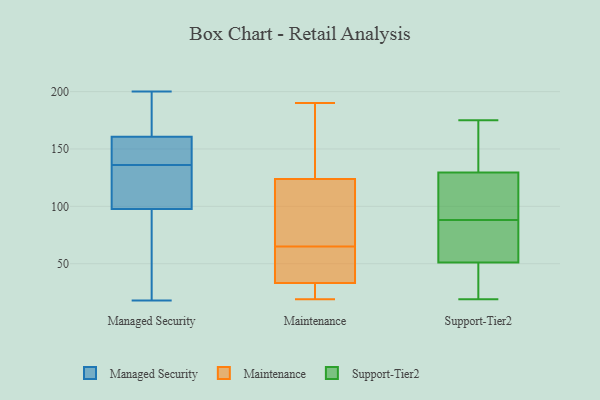
{"axis": {"x": "Inventory Turnover", "y": "Value"}, "legend": ["Maintenance", "Managed Security", "Support-Tier2"], "data": [{"x": "", "y": 136, "type": "Managed Security"}, {"x": "", "y": 140, "type": "Managed Security"}, {"x": "", "y": 132, "type": "Managed Security"}, {"x": "", "y": 160, "type": "Managed Security"}, {"x": "", "y": 161, "type": "Managed Security"}, {"x": "", "y": 128, "type": "Managed Security"}, {"x": "", "y": 109, "type": "Managed Security"}, {"x": "", "y": 191, "type": "Managed Security"}, {"x": "", "y": 46, "type": "Managed Security"}, {"x": "", "y": 20, "type": "Managed Security"}, {"x": "", "y": 18, "type": "Managed Security"}, {"x": "", "y": 200, "type": "Managed Security"}, {"x": "", "y": 144, "type": "Managed Security"}, {"x": "", "y": 197, "type": "Managed Security"}, {"x": "", "y": 94, "type": "Managed Security"}, {"x": "", "y": 107, "type": "Maintenance"}, {"x": "", "y": 19, "type": "Maintenance"}, {"x": "", "y": 25, "type": "Maintenance"}, {"x": "", "y": 67, "type": "Maintenance"}, {"x": "", "y": 42, "type": "Maintenance"}, {"x": "", "y": 190, "type": "Maintenance"}, {"x": "", "y": 65, "type": "Maintenance"}, {"x": "", "y": 36, "type": "Maintenance"}, {"x": "", "y": 162, "type": "Maintenance"}, {"x": "", "y": 54, "type": "Maintenance"}, {"x": "", "y": 19, "type": "Maintenance"}, {"x": "", "y": 111, "type": "Maintenance"}, {"x": "", "y": 180, "type": "Maintenance"}, {"x": "", "y": 51, "type": "Support-Tier2"}, {"x": "", "y": 163, "type": "Support-Tier2"}, {"x": "", "y": 35, "type": "Support-Tier2"}, {"x": "", "y": 136, "type": "Support-Tier2"}, {"x": "", "y": 51, "type": "Support-Tier2"}, {"x": "", "y": 175, "type": "Support-Tier2"}, {"x": "", "y": 122, "type": "Support-Tier2"}, {"x": "", "y": 19, "type": "Support-Tier2"}, {"x": "", "y": 77, "type": "Support-Tier2"}, {"x": "", "y": 21, "type": "Support-Tier2"}, {"x": "", "y": 31, "type": "Support-Tier2"}, {"x": "", "y": 88, "type": "Support-Tier2"}, {"x": "", "y": 154, "type": "Support-Tier2"}, {"x": "", "y": 130, "type": "Support-Tier2"}, {"x": "", "y": 77, "type": "Support-Tier2"}, {"x": "", "y": 60, "type": "Support-Tier2"}, {"x": "", "y": 128, "type": "Support-Tier2"}, {"x": "", "y": 100, "type": "Support-Tier2"}, {"x": "", "y": 117, "type": "Support-Tier2"}]}